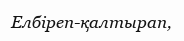
Елбiреп-қалтырап,